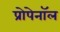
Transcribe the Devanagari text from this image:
प्रोपेनॉल